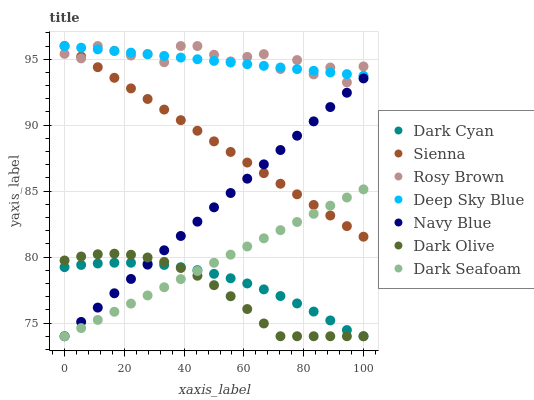
| xaxis_label | Dark Cyan | Sienna | Rosy Brown | Deep Sky Blue | Navy Blue | Dark Olive | Dark Seafoam |
 | --- | --- | --- | --- | --- | --- | --- | --- |
 | 0 | 79.2 | 96 | 95.4 | 96 | 74 | 79.7 | 74 |
 | 5.56 | 79.4 | 95.2 | 95.1 | 95.9 | 75.1 | 80 | 74.6 |
 | 11.1 | 79.5 | 94.4 | 96 | 95.7 | 76.2 | 80.2 | 75.2 |
 | 16.7 | 79.6 | 93.6 | 95.6 | 95.6 | 77.3 | 80.3 | 75.9 |
 | 22.2 | 79.6 | 92.8 | 95.3 | 95.5 | 78.3 | 80.2 | 76.5 |
 | 27.8 | 79.5 | 92 | 95.4 | 95.4 | 79.4 | 80 | 77.1 |
 | 33.3 | 79.4 | 91.2 | 94.8 | 95.2 | 80.5 | 79.6 | 77.7 |
 | 38.9 | 79.2 | 90.4 | 96 | 95.1 | 81.6 | 79.2 | 78.3 |
 | 44.4 | 79 | 89.6 | 96 | 95 | 82.7 | 78.6 | 78.9 |
 | 50 | 78.7 | 88.8 | 95.3 | 94.9 | 83.8 | 77.9 | 79.6 |
 | 55.6 | 78.4 | 88 | 94.8 | 94.7 | 84.9 | 77 | 80.2 |
 | 61.1 | 78 | 87.2 | 95.2 | 94.6 | 85.9 | 76.1 | 80.8 |
 | 66.7 | 77.6 | 86.4 | 95.4 | 94.5 | 87 | 75 | 81.4 |
 | 72.2 | 77 | 85.6 | 94.3 | 94.4 | 88.1 | 74 | 82 |
 | 77.8 | 76.5 | 84.8 | 94.9 | 94.2 | 89.2 | 74 | 82.7 |
 | 83.3 | 75.9 | 84 | 93.8 | 94.1 | 90.3 | 74 | 83.3 |
 | 88.9 | 75.2 | 83.2 | 94.4 | 94 | 91.4 | 74 | 83.9 |
 | 94.4 | 74.5 | 82.3 | 93.2 | 93.9 | 92.5 | 74 | 84.5 |
 | 100 | 74 | 81.5 | 94.5 | 93.7 | 93.5 | 74 | 85.1 |